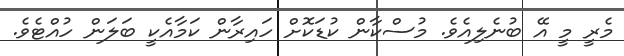
މެރީ މީ އޭ ބުނެލިއެވެ. މުސްކާން ކުޑަކޮށް ހައިރާން ކަމާއެކީ ބަލަން ހުއްޓެވެ.